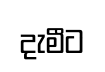
දැමීට